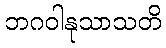
ဘဂဝါနုသာသတိ